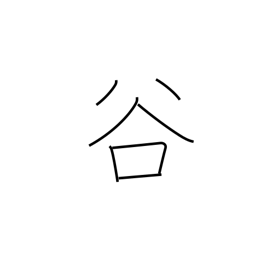
Meaning: valley